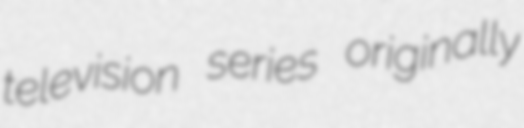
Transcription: television series originally